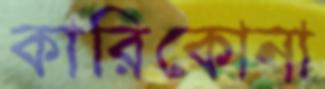
কারিকোনা